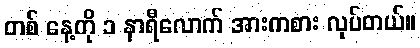
တစ် နေ့ကို ၁ နာရီလောက် အားကစား လုပ်တယ်။